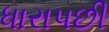
ધારાપછી